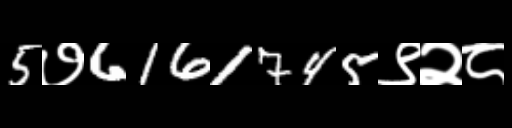
Text: 5७6161745९२८